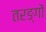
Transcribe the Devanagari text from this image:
तरङ्गों